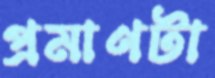
প্রমাণটা